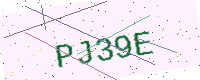
Text: PJ39E